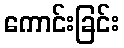
ကောင်းခြင်း